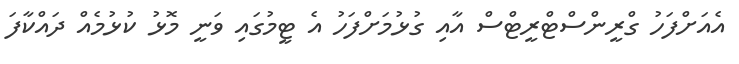
އެއަށްފަހު ގްރީންސްޓްރީޓްސް އާއި ގުޅުމަށްފަހު އެ ޓީމުގައި ވަނީ މޮޅު ކުޅުމެއް ދައްކާފަ